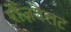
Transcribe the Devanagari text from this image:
रोज़वैलट